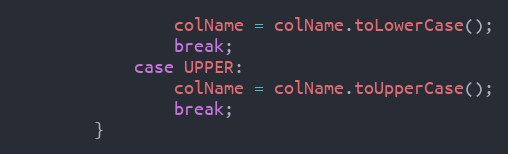
Language: Java
				colName = colName.toLowerCase();
				break;
			case UPPER:
				colName = colName.toUpperCase();
				break;
		}